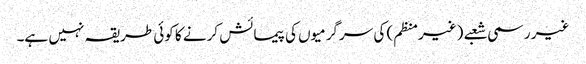
غیر رسمی شعبے (غیرمنظم) کی سرگرمیوں کی پیمائش کرنے کا کوئی طریقہ نہیں ہے۔